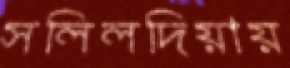
সলিলদিয়ায়